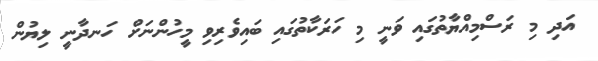
އަދި މި ރަސްމިއްޔާތުގައި ވަނީ މި ހަރަކާތުގައި ބައިވެރިވި މީހުންނަށް ހަނދާނީ ލިޔުން